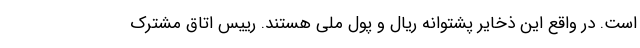
است. در واقع این ذخایر پشتوانه ریال و پول ملی هستند. رییس اتاق مشترک